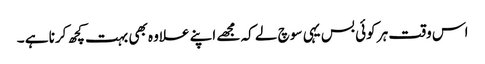
اس وقت ہر کوئی بس یہی سوچ لے کہ مجھے اپنے علاوہ بھی بہت کچھ کرنا ہے ۔